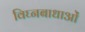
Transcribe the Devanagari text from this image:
विघ्नबाधाओं